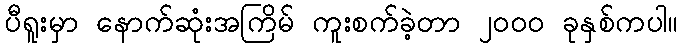
ပီရူးမှာ နောက်ဆုံးအကြိမ် ကူးစက်ခဲ့တာ ၂၀၀၀ ခုနှစ်ကပါ။